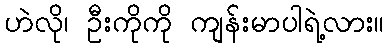
ဟဲလို၊ ဦးကိုကို ကျန်းမာပါရဲ့လား။